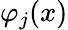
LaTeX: \varphi_{j}(x)